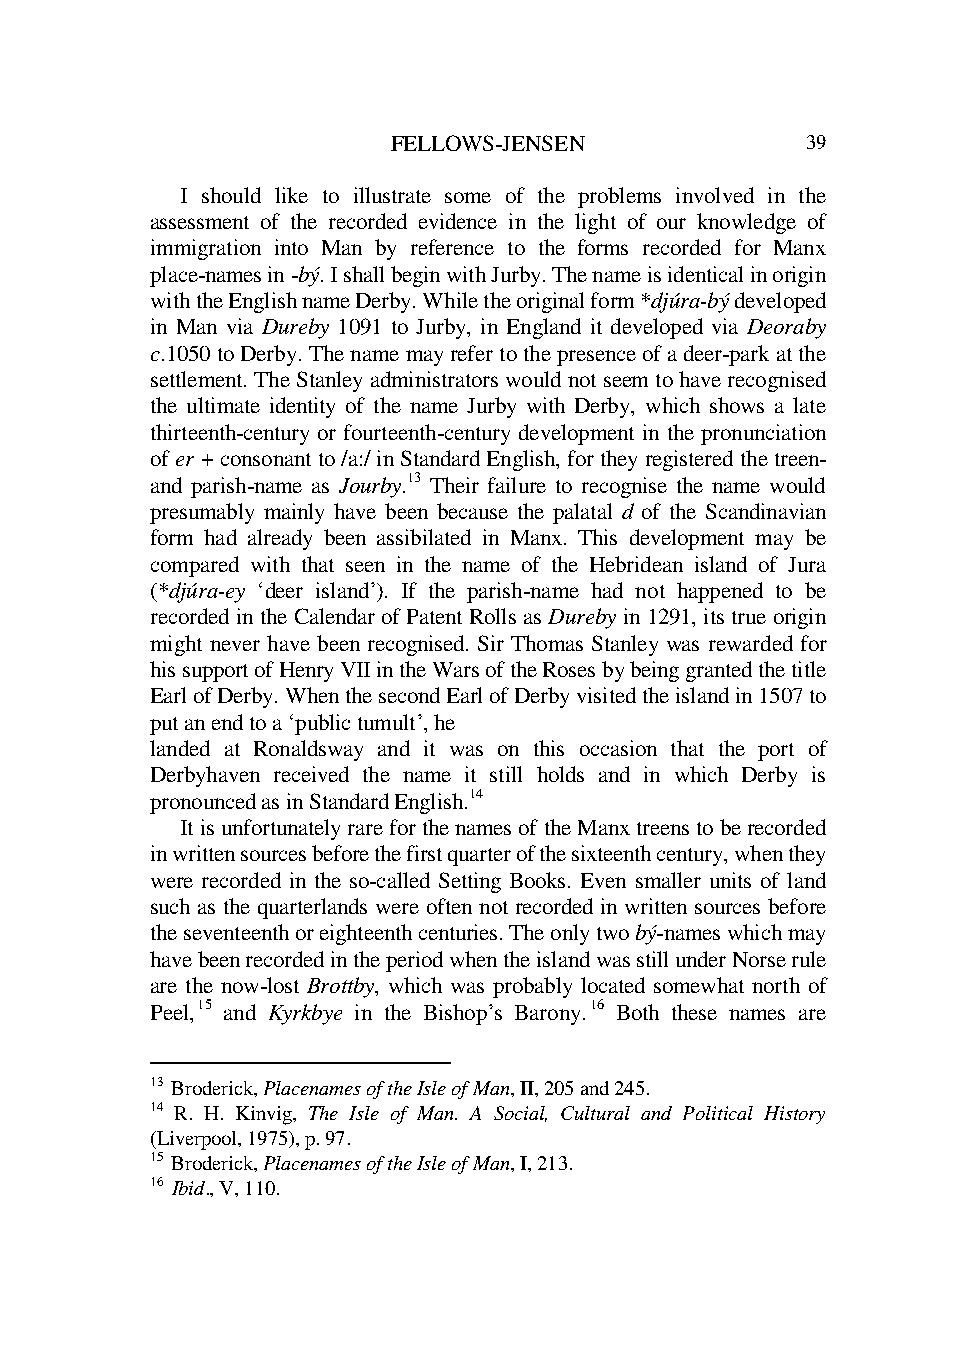
FELLOWS -JENSEN            39
 I should like to illustrate some of the problems involved in the
 assessment of the recorded evidence in the light of our knowledge of
 immigration into Man by reference to the forms recorded for Manx
 place-names in -bý. I shall begin with Jurby. The name is identical in origin
 with the English name Derby. While the original form *djúra-bý developed
 in Man via Dureby 1091 to Jurby, in England it developed via Deoraby
 c.1050 to Derby. The name may refer to the presence of a deer-park at the
 settlement. The Stanley administrators would not seem to have recognised
 the ultimate identity of the name Jurby with Derby, which shows a late
 thirteenth-century or fourteenth-century development in the pronunciation
 of er + consonant to /a:/ in Standard English, for they registered the treen-
 and parish-name as Jourby.13 Their failure to recognise the name would
 presumably mainly have been because the palatal d of the Scandinavian
 form had already been assibilated in Manx. This development may be
 compared with that seen in the name of the Hebridean island of Jura
 (*djúra-ey ‘deer island’). If the parish-name had not happened to be
 recorded in the Calendar of Patent Rolls as Dureby in 1291, its true origin
 might never have been recognised. Sir Thomas Stanley was rewarded for
 his support of Henry VII in the Wars of the Roses by being granted the title
 Earl of Derby. When the second Earl of Derby visited the island in 1507 to
 put an end to a ‘public tumult’, he
 landed at Ronaldsway and it was on this occasion that the port of
 Derbyhaven received the name it still holds and in which Derby is
 pronounced as in Standard English.14
 It is unfortunately rare for the names of the Manx treens to be recorded
 in written sources before the first quarter of the sixteenth century, when they
 were recorded in the so-called Setting Books. Even smaller units of land
 such as the quarterlands were often not recorded in written sources before
 the seventeenth or eighteenth centuries. The only two bý-names which may
 have been recorded in the period when the island was still under Norse rule
 are the now-lost Brottby, which was probably located somewhat north of
 Peel,15 and Kyrkbye in the Bishop’s Barony.16 Both these names are
 13 Broderick, Placenames of the Isle of Man, II, 205 and 245.
 14 R. H. Kinvig, The Isle of Man. A Social, Cultural and Political History
 (Liverpool, 1975), p. 97.
 15 Broderick, Placenames of the Isle of Man, I, 213.
 16 Ibid., V, 110.